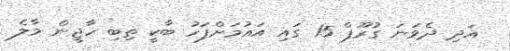
އަދި ދެވަނަ ގުރޫޕް 15 ގައި އައުމަށްފަހު ބާކީ ތިބި ހާޖީން މާލެ